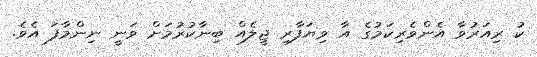
ކު ރިއަރުވާ އެންވެރިކަމުގެ އާ ވިޔަފާރި ޖީލެއް ބިނާކުރުމަށް ވަނީ ނިންމާފަ އެވެ.